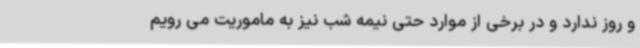
و روز ندارد و در برخی از موارد حتی نیمه شب نیز به ماموریت می رویم